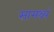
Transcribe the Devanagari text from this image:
सामथ्र्यं